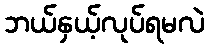
ဘယ်နှယ့်လုပ်ရမလဲ